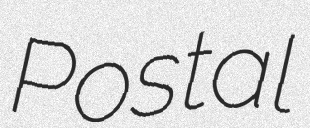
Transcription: Postal